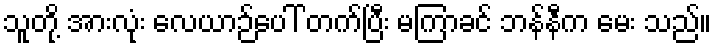
သူတို့ အားလုံး လေယာဉ်ပေါ် တက်ပြီး မကြာခင် ဘန်နီက မေး သည်။